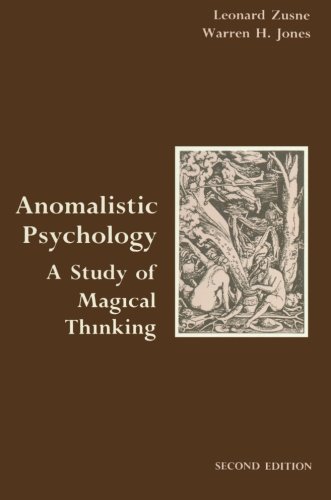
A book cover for Anomalistic Psychology: A Study of Magical Thinking; Leonard Zusne; Medical Books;